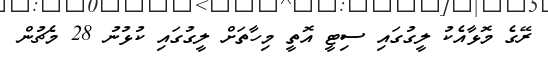
ރޭގެ މޮޅާއެކު ލީގުގައި ސިޓީ އޮތީ މިހާތަށް ލީގުގައި ކުޅުނު 28 މެޗުން